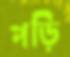
পড়ি